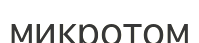
микротом